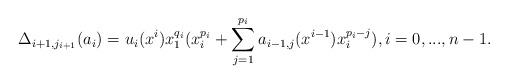
\begin{align*} \Delta_{i+1,j_{i+1}} ( a_{i} ) = u_{i} (x^{i}) x_1^{q_i} (x_i^{p_i}+ \sum_{j=1}^{p_i} a_{i-1,j} (x^{i-1}) x_i^{p_i-j} ) , i=0,...,n-1. \end{align*}